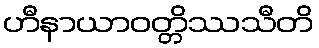
ဟီနာယာဝတ္တိဿသီတိ